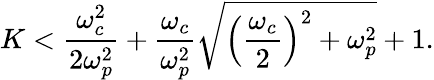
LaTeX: K<\frac{\omega_{c}^{2}}{2\omega_{p}^{2}}+\frac{\omega_{c}}{\omega_{p}^{2}}\sqrt{\left(\frac{\omega_{c}}{2}\right)^{2}+\omega_{p}^{2}}+1.